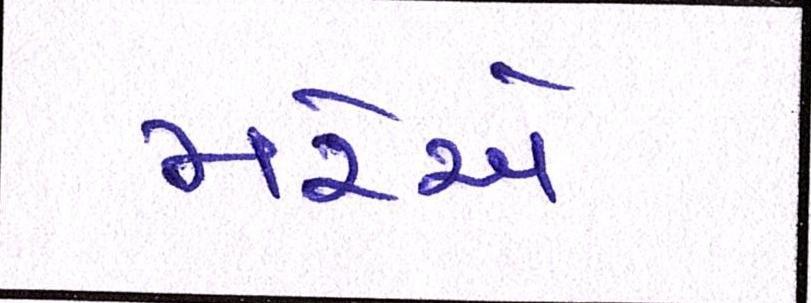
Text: મરેએ